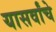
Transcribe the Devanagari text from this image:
यासर्वांचे